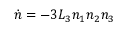
\dot { n } = - 3 L _ { 3 } n _ { 1 } n _ { 2 } n _ { 3 }